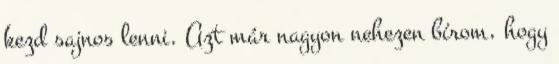
kezd sajnos lenni. Azt már nagyon nehezen bírom, hogy